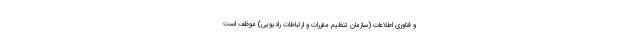
و فناوری اطلاعات (سازمان تنظیم مقررات و ارتباطات رادیویی) موظف است